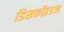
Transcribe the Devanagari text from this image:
डिसकॉइडल